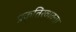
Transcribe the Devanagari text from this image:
प्रकृतिरव्यक्ता